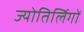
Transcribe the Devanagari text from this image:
ज्योतिलिंगों